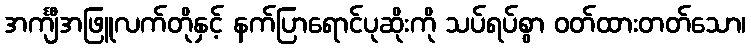
အင်္ကျီအဖြူလက်တိုနှင့် နက်ပြာရောင်ပုဆိုးကို သပ်ရပ်စွာ ဝတ်ထားတတ်သော၊